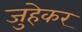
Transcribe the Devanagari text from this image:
जुहेकर